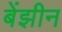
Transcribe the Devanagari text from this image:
बेंझीन